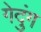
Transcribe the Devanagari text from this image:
गेदुंग